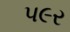
પ૯ર